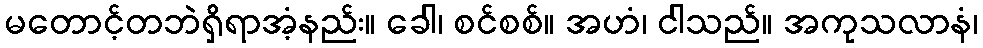
မတောင့်တဘဲရှိရာအံ့နည်း။ ခေါ၊ စင်စစ်။ အဟံ၊ ငါသည်။ အကုသလာနံ၊